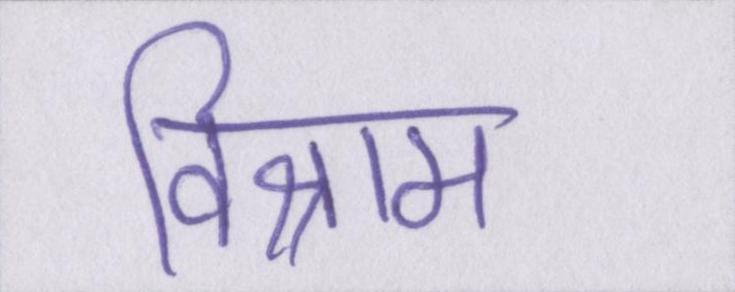
विश्राम